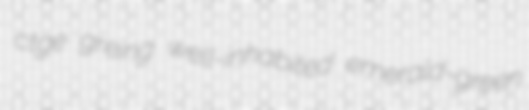
ctge greing well-inhabited emerald-green